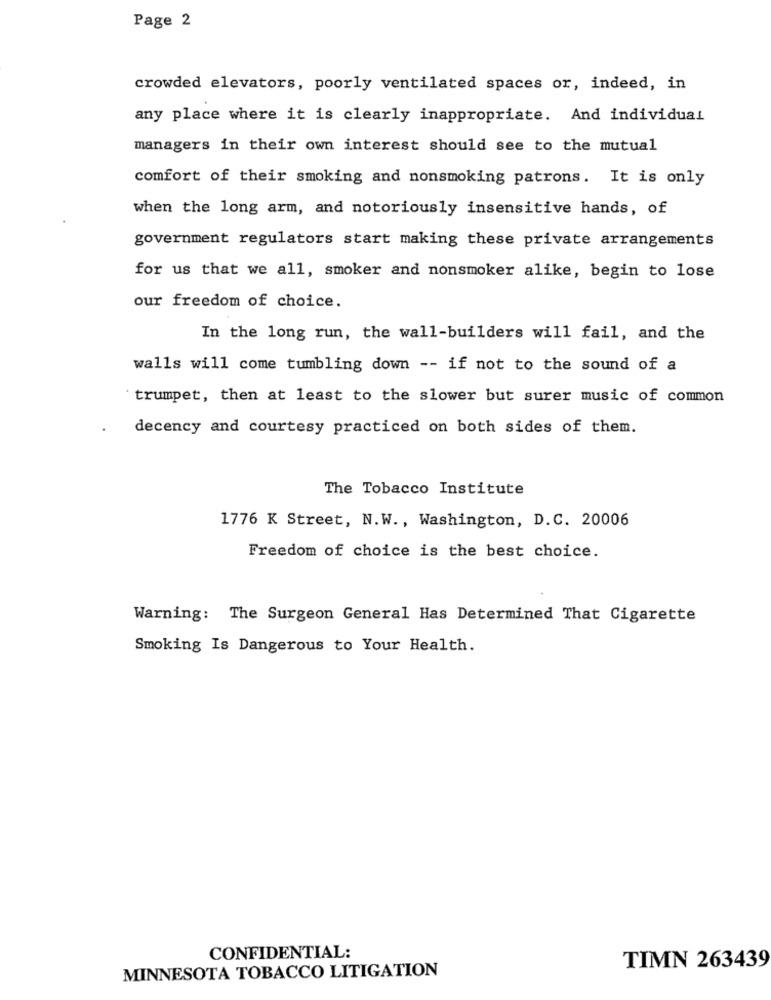
Page 2
crowded elevators, poorly ventilated spaces or, indeed, in
any place where it is clearly inappropriate. And individual
managers in their own interest should see to the mutual
comfort of their smoking and nonsmoking patrons. It is only
when the long arm, and notoriously insensitive hands, of
government regulators start making these private arrangements
for us that we all, smoker and nonsmoker alike, begin to lose
our freedom of choice.
In the long run, the wall-builders will fail, and the
walls will come tumbling down -- if not to the sound of a
trumpet, then at least to the slower but surer music of common
decency and courtesy practiced on both sides of them.
The Tobacco Institute
1776 K Street, N.W ., Washington, D.C. 20006
Freedom of choice is the best choice.
Warning: The Surgeon General Has Determined That Cigarette
Smoking Is Dangerous to Your Health.
CONFIDENTIAL:
MINNESOTA TOBACCO LITIGATION
TIMN 263439